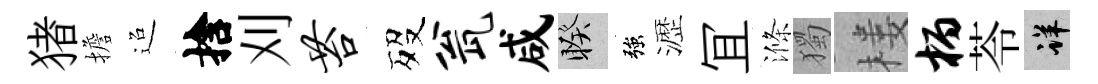
猪擔迢捨刈苔歿瓮咸睽強瀝冝滌獨楼柄苓详